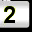
Digit: 2